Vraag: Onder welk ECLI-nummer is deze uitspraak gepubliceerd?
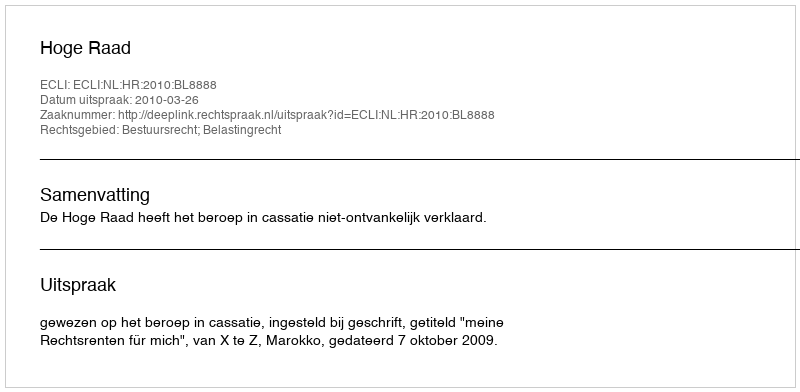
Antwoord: ECLI:NL:HR:2010:BL8888